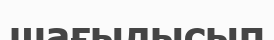
шағылысып